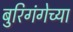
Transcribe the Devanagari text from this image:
बुरिगंगेच्या